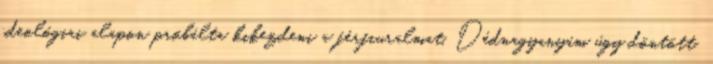
ideológiai alapon próbálta kikezdeni a férfiuralmat. Dédnagyanyám úgy döntött,